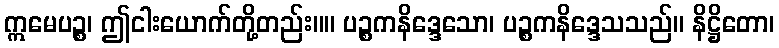
ဣမေပဉ္စ၊ ဤငါးယောက်တို့တည်း။။ ပဉ္စကနိဒ္ဒေသော၊ ပဉ္စကနိဒ္ဒေသသည်။ နိဋ္ဌိတော၊